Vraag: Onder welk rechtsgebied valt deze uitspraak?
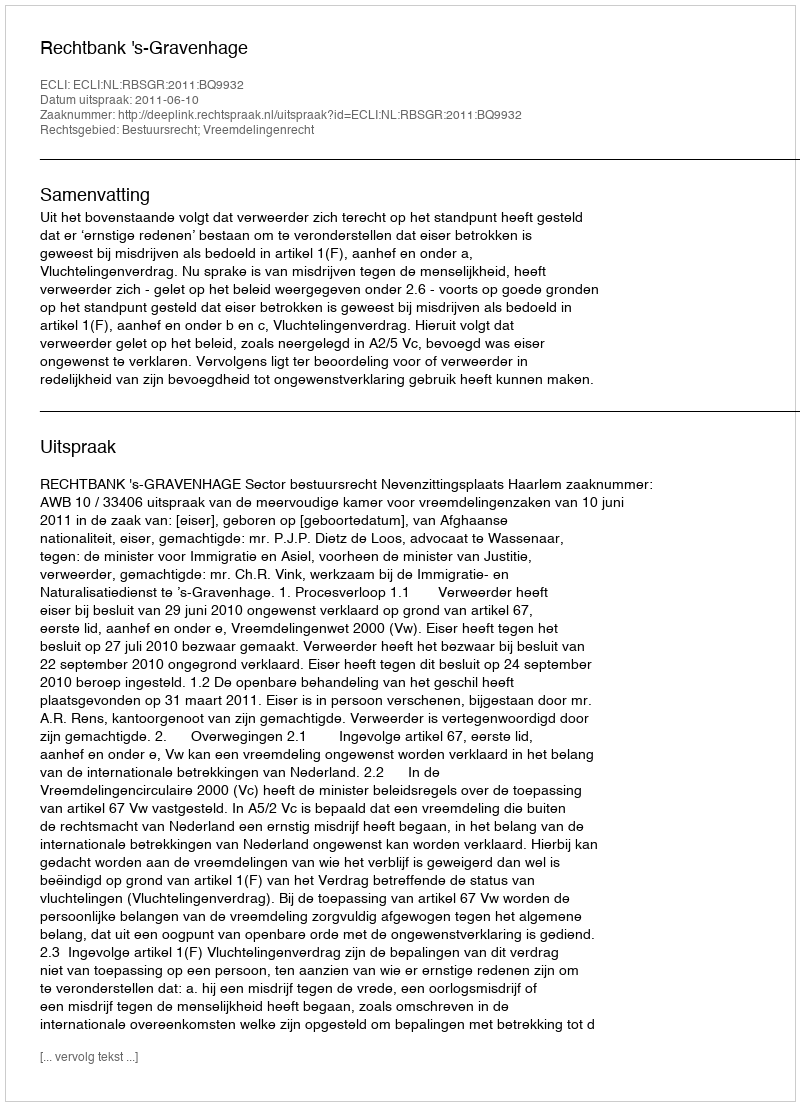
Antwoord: Bestuursrecht; Vreemdelingenrecht